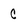
Character: c